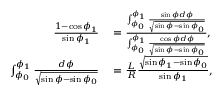
\begin{array} { r l } { \frac { 1 - \cos \phi _ { 1 } } { \sin \phi _ { 1 } } } & { { } = \frac { \int _ { \phi _ { 0 } } ^ { \phi _ { 1 } } \frac { \sin \phi d \phi } { \sqrt { \sin \phi - \sin \phi _ { 0 } } } } { \int _ { \phi _ { 0 } } ^ { \phi _ { 1 } } \frac { \cos \phi d \phi } { \sqrt { \sin \phi - \sin \phi _ { 0 } } } } , } \\ { \int _ { \phi _ { 0 } } ^ { \phi _ { 1 } } \frac { d \phi } { \sqrt { \sin \phi - \sin \phi _ { 0 } } } } & { { } = \frac { L } { R } \frac { \sqrt { \sin \phi _ { 1 } - \sin \phi _ { 0 } } } { \sin \phi _ { 1 } } , } \end{array}